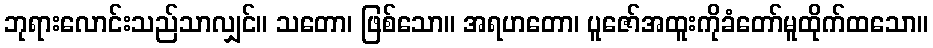
ဘုရားလောင်းသည်သာလျှင်။ သတော၊ ဖြစ်သော။ အရဟတော၊ ပူဇော်အထူးကိုခံတော်မူထိုက်ထသော။